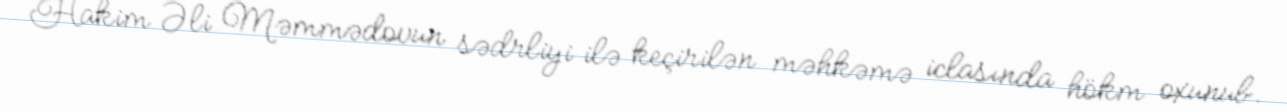
Hakim Əli Məmmədovun sədrliyi ilə keçirilən məhkəmə iclasında hökm oxunub.